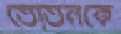
তোতনকে